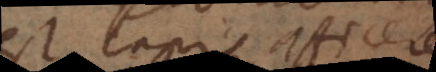
est lapis, afficere